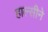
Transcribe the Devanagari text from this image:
हाल्सीने